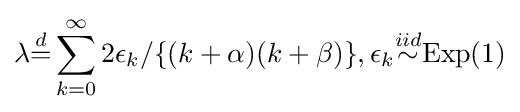
\lambda {\stackrel {d}{=}}\sum _{k=0}^{\infty }2\epsilon _{k}/\{(k+\alpha )(k+\beta )\},\epsilon _{k}{\stackrel {iid}{\sim }}{\text{Exp}}(1)